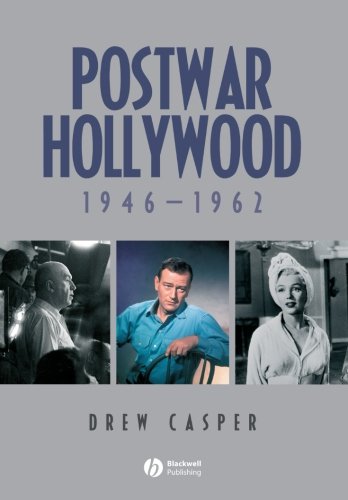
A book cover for Postwar Hollywood: 1946-1962; Drew Casper; Humor & Entertainment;